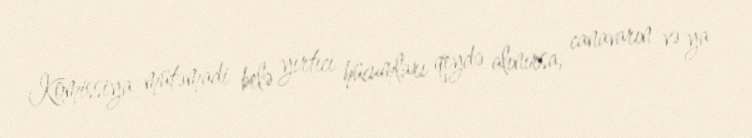
Komissiya mütəmadi belə yırtıcı hücumları qeydə alınırsa, canavarın və ya